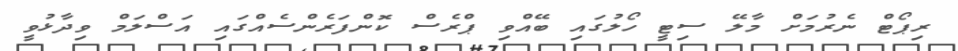
ރިޕޯޓް ނެރުމަށް މާލޭ ސިޓީ ހޯލުގައި ބޭއްވި ޕްރެސް ކޮންފަރެންސެއްގައި އަސްލަމް ވިދާޅުވީ